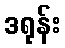
ဒရုန်း